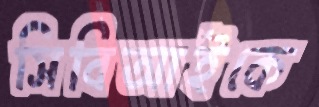
সিবিআইকে